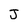
Character: J